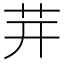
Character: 茾